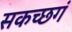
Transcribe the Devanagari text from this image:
सकच्छगं